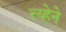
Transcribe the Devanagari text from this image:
त्त्य्हेने